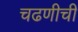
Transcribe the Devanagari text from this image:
चढणीची